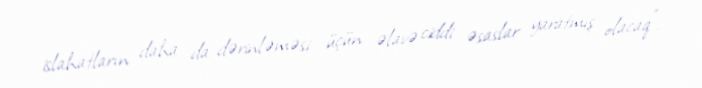
islahatların daha da dərinləməsi üçün əlavə ciddi əsaslar yaratmış olacaq".